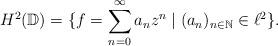
LaTeX: \begin{align*}H^2(\mathbb{D}) = \{f =\sum_{n=0}^{\infty} a_n z^n \mid (a_n)_{n\in\mathbb{N}} \in \ell^2\}.\end{align*}